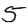
Digit: 5